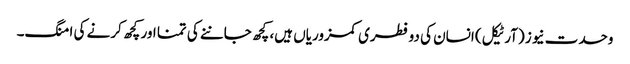
وحدت نیوز (آرٹیکل) انسان کی دو فطری کمزوریاں ہیں، کچھ جاننے کی تمنا اور کچھ کرنے کی امنگ۔